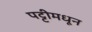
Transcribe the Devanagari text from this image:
पट्टीमधून